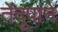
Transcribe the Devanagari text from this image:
तेंदूपाने